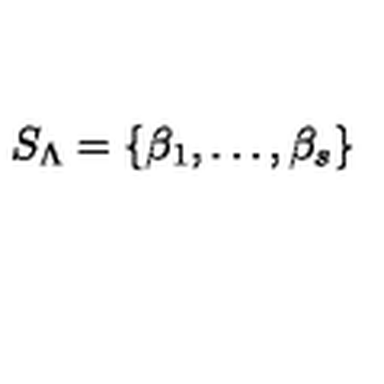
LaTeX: S _ { \Lambda } = \{ \beta _ { 1 } , \ldots , \beta _ { s } \} \/